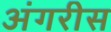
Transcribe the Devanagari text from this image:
अंगरीस